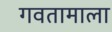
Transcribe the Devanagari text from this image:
गवतामाला